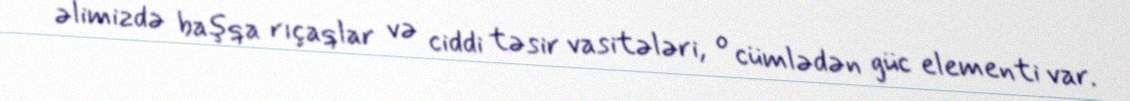
əlimizdə başqa rıçaqlar və ciddi təsir vasitələri, o cümlədən güc elementi var.